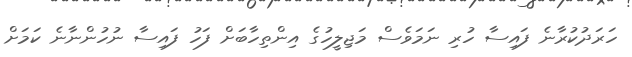
ހަރަދުކުރާނެ ފައިސާ ހުރި ނަމަވެސް މަޖިލީހުގެ އިންތިހާބަށް ފަހު ފައިސާ ނުހުންނާނެ ކަމަށް